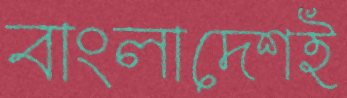
বাংলাদেশই